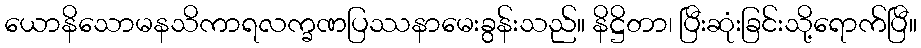
ယောနိသောမနသိကာရလက္ခဏပြဿနာမေးခွန်းသည်။ နိဋ္ဌိတာ၊ ပြီးဆုံးခြင်းသို့ရောက်ပြီ။